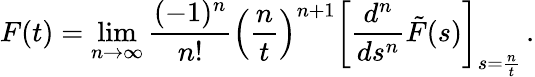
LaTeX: F(t)=\operatorname*{lim}_{n\to\infty}\frac{(-1)^{n}}{n!}\left(\frac{n}{t}\right)^{n+1}\left[\frac{d^{n}}{ds^{n}}\tilde{F}(s)\right]_{s=\frac{n}{t}}\, .